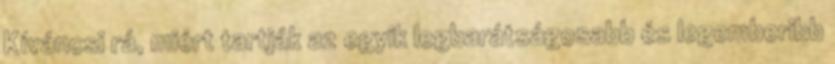
Kíváncsi rá, miért tartják az egyik legbarátságosabb és legemberibb